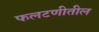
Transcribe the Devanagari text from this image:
फलटणीतील